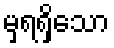
မှရရှိသော